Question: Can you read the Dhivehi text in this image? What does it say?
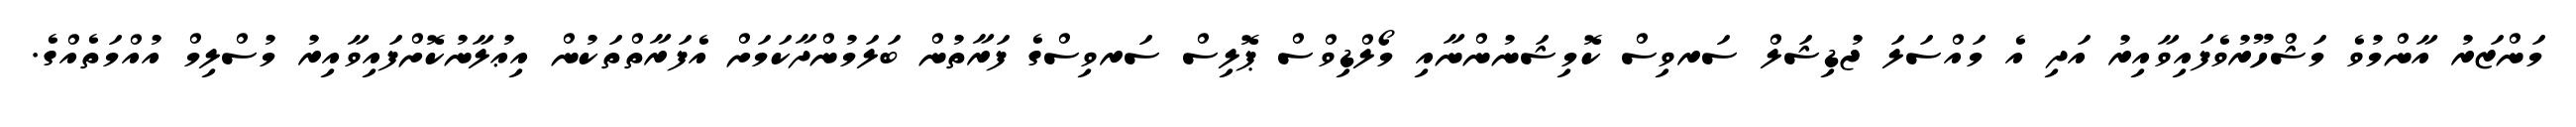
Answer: މަންޒަރު އާންމުވެ މަޝްހޫރުވެފައިވާއިރު އަދި އެ މައްސަލަ ޖުޑިޝަލް ސަރވިސް ކޮމިޝަނުންނާއި މޯލްޑިވްސް ޕޮލިސް ސަރވިސްގެ ފަރާތުން ބަލަމުންދާކަމަށް އެފަރާތްތަކުން އިޢުލާނުކޮށްފައިވާއިރު މުސްލިމް އުއްމަތެއްގެ.